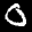
Label: 0